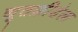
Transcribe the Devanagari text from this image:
द्यूतक्रीडेला